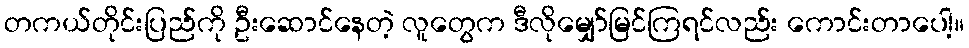
တကယ်တိုင်းပြည်ကို ဦးဆောင်နေတဲ့ လူတွေက ဒီလိုမျှော်မြင်ကြရင်လည်း ကောင်းတာပေါ့။